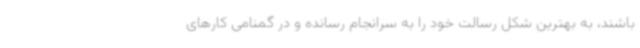
باشند، به بهترین شکل رسالت خود را به سرانجام رسانده و در گمنامی کارهای